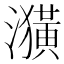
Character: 𤂲